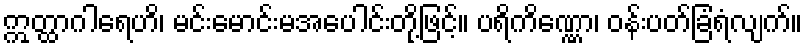
ဣတ္ထာဂါရေဟိ၊ မင်းမောင်းမအပေါင်းတို့ဖြင့်။ ပရိကိဏ္ဏော၊ ဝန်းပတ်ခြံရံလျက်။